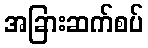
အခြားဆက်စပ်